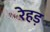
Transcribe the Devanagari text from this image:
रेहड़